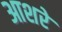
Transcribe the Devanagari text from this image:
आशरे